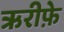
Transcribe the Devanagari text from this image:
ऋरीफ़े